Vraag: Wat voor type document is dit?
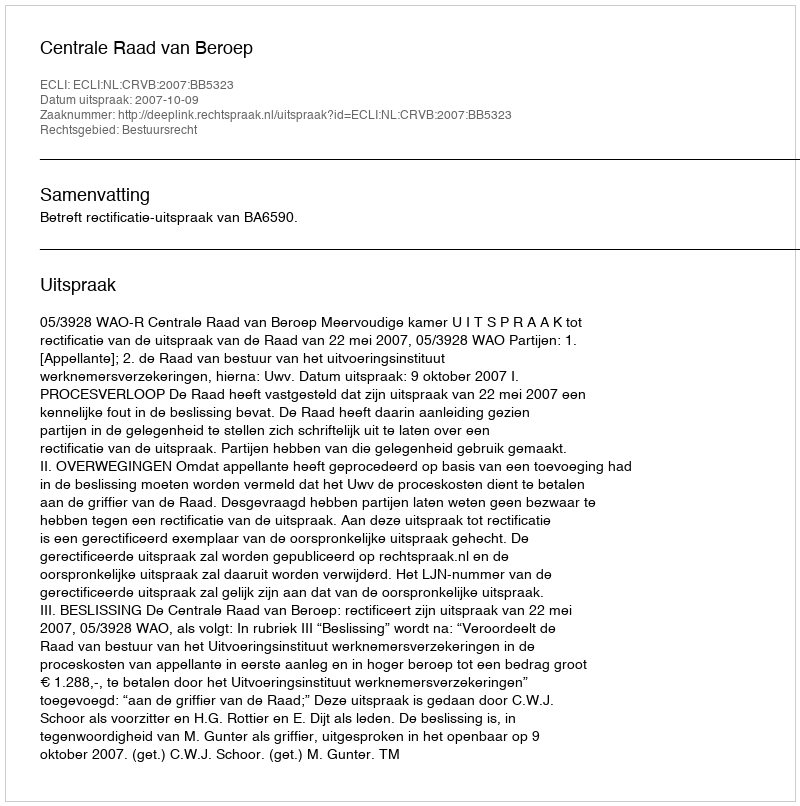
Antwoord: Uitspraak